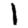
Digit: 1